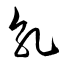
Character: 乳